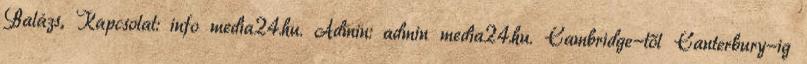
Balázs, Kapcsolat: info media24.hu. Admin: admin media24.hu. Cambridge-től Canterbury-ig